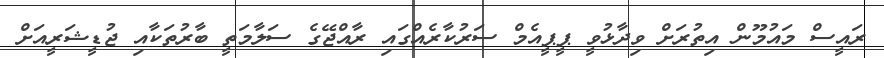
ރައީސް މައުމޫން އިތުރަށް ވިދާޅުވީ ޕީޕީއެމް ސަރުކާރެއްގައި ރާއްޖޭގެ ސަލާމަތީ ބާރުތަކާއި ޖުޑީޝަރީއަށް